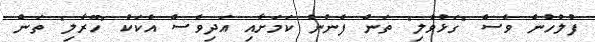
ފުލުހުން ވެސް "ގަޅުވާލި" ތަން ފެނުނު ކަމަށާއި އަދިވެސް އެކަކު "ހޫރާލި" ތަން